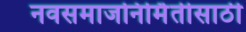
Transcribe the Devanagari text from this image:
नवसमाजनिर्मितीसाठी